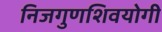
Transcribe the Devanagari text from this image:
निजगुणशिवयोगी